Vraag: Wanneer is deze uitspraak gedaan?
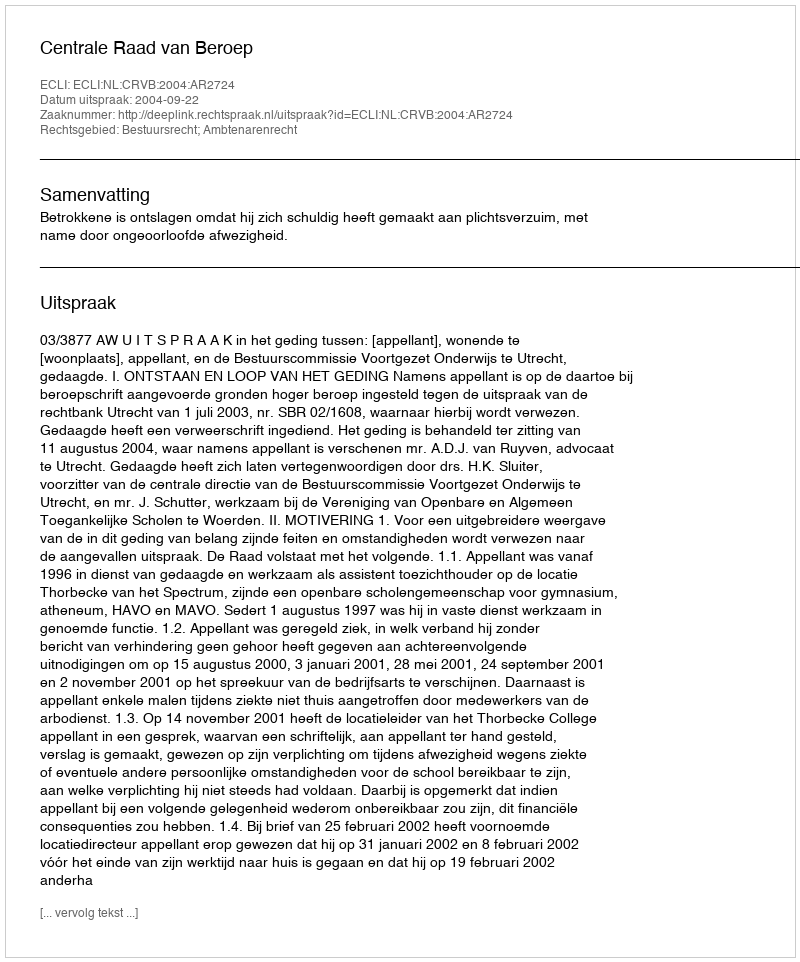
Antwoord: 2004-09-22